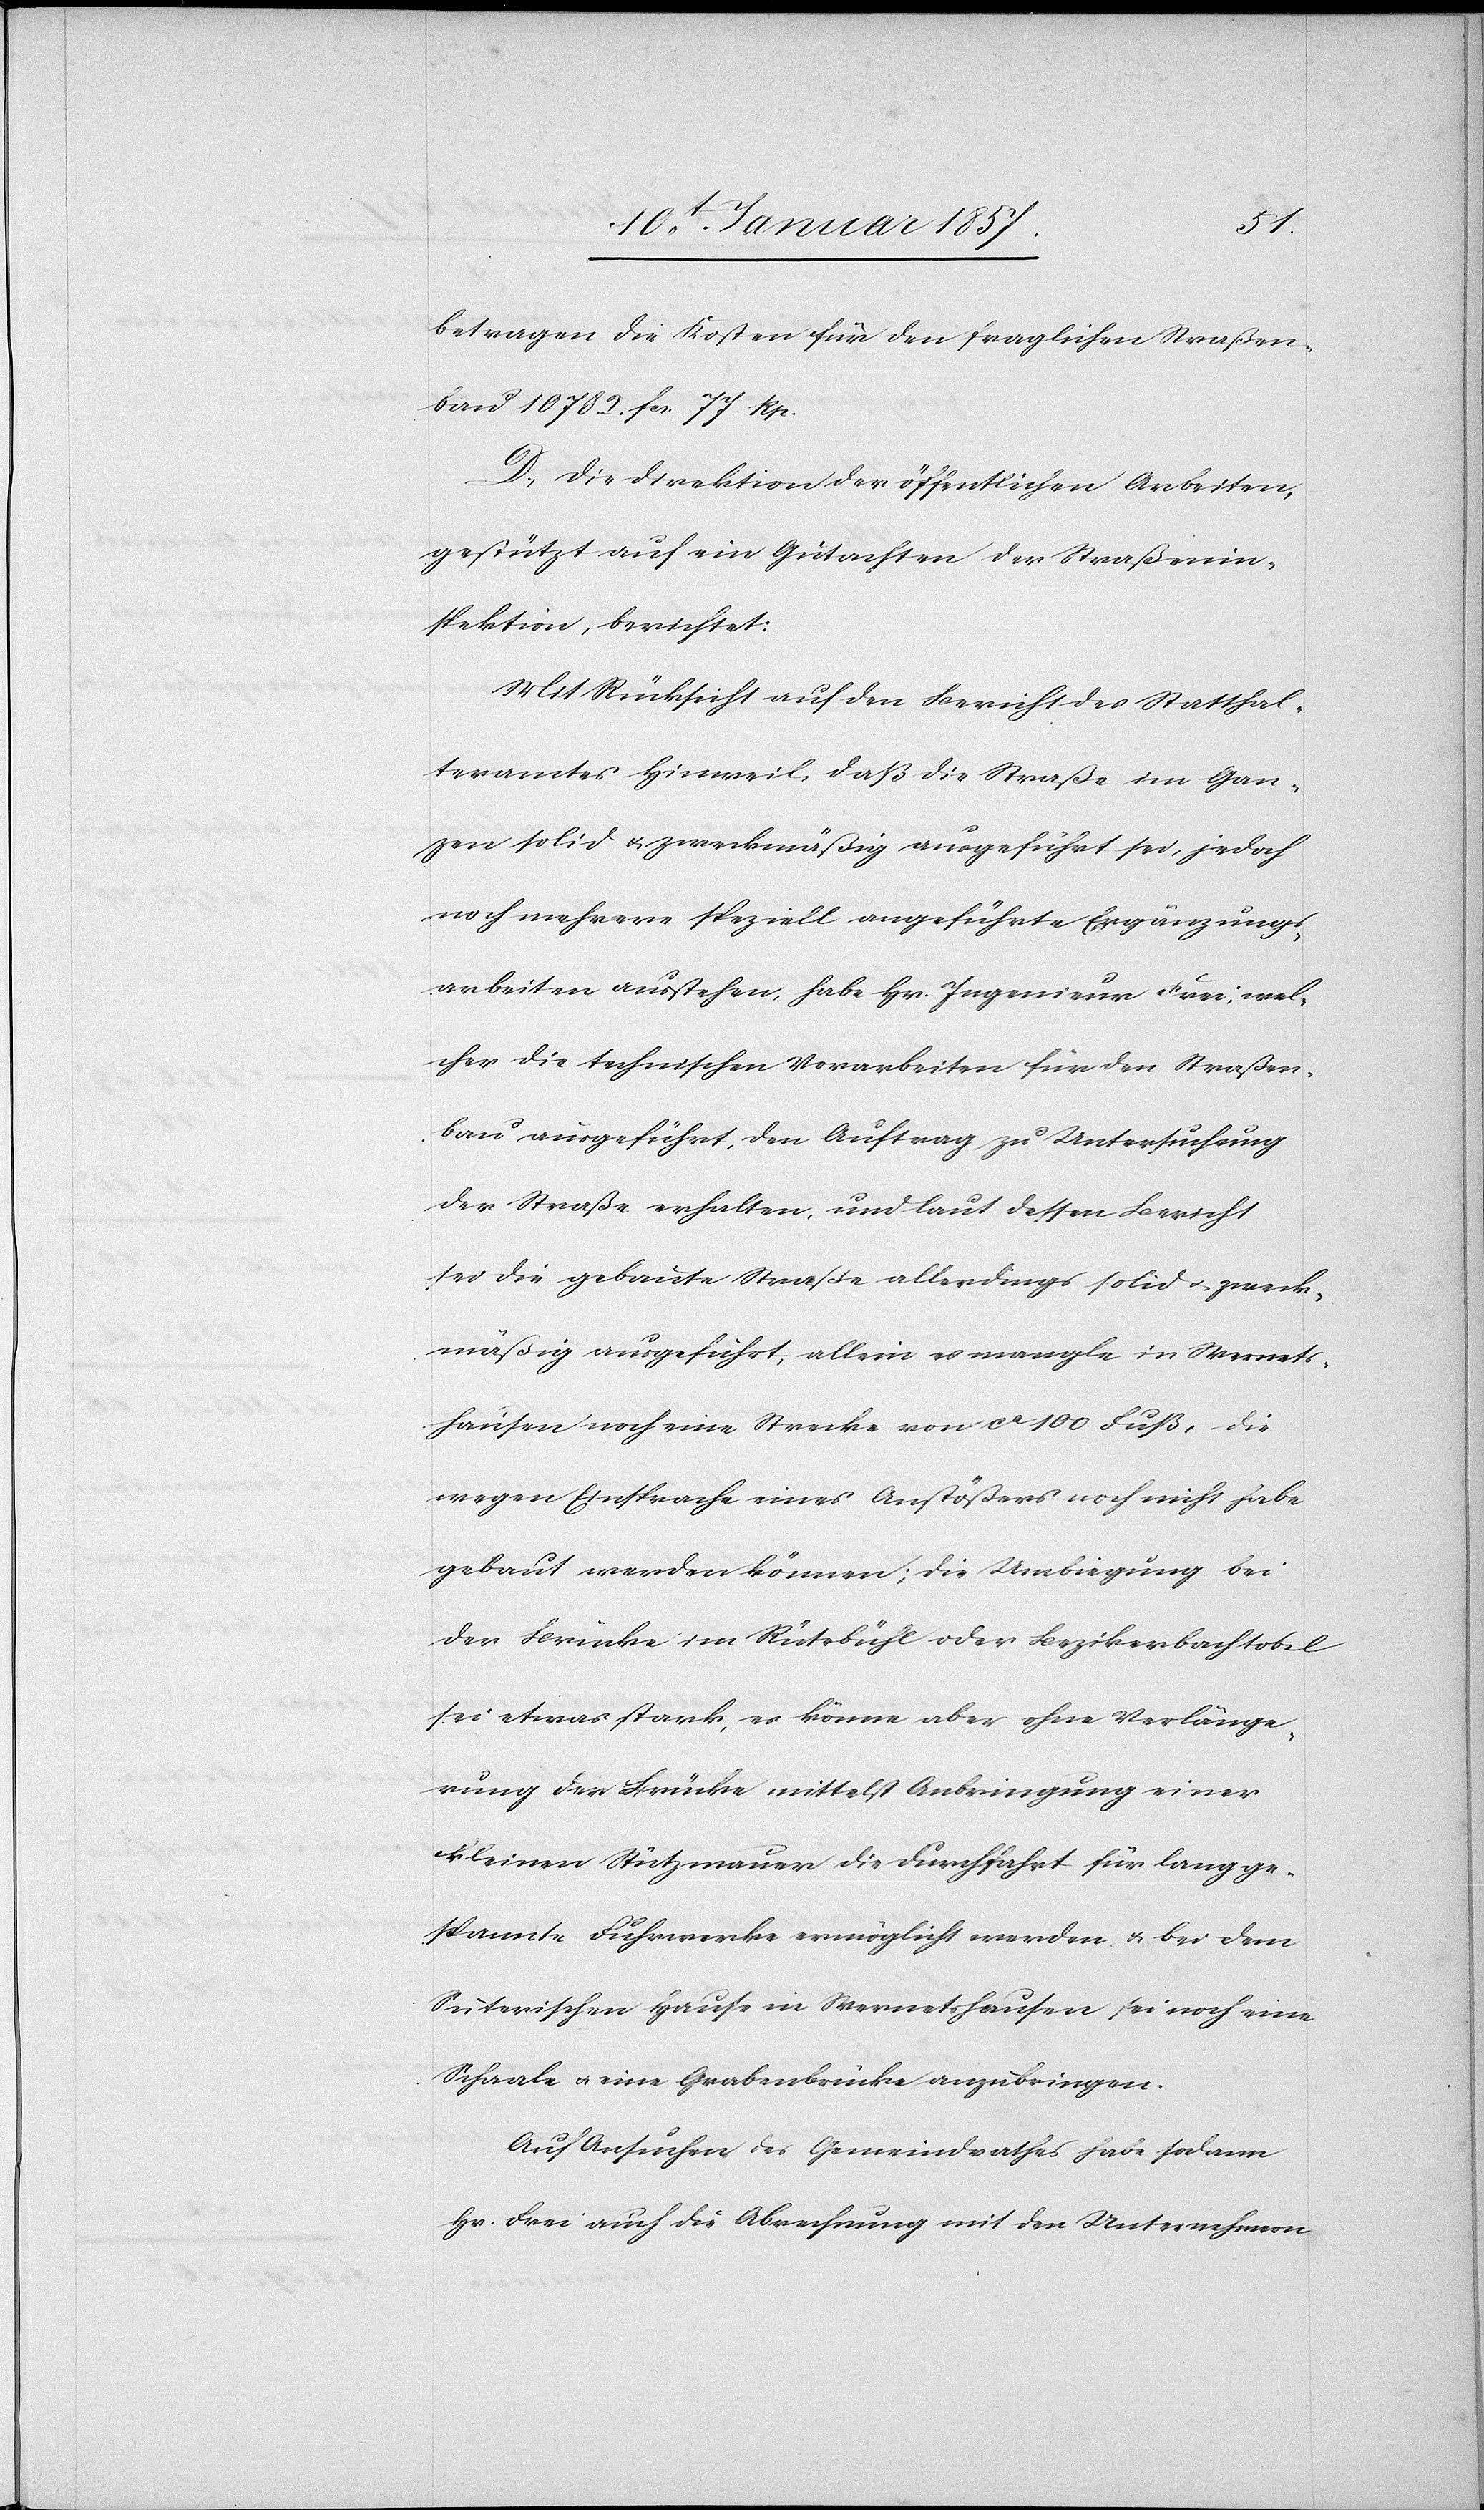
betragen die Kosten für den fraglichen Straßen¬
bau 10 702. fcs. 77 Rp.
D. Die Direktion der öffentlichen Arbeiten,
gestützt auf ein Gutachten der Straßenin¬
spektion, berichtet:
Mit Rücksicht auf den Bericht des Statthal¬
teramtes Hinweil, daß die Straße im Gan¬
zen solid & zweckmäßig ausgeführt sei, jedoch
noch mehrere speziell ausgeführte Ergänzungs¬
arbeiten ausstehen, habe Hr. Ingenieur Frei; wel¬
cher die technischen Vorarbeiten für den Straßen¬
bau ausgeführt, den Auftrag zu Untersuchung
der Straße erhalten, und laut dessen Bericht
sei die gebaute Straße allerdings solid u. zweck¬
mäßig ausgeführt, allein es mangle in Wernets¬
hausen noch eine Strecke von ca 100 Fuß, die
wegen Einsprache eines Anstößers noch nicht habe
gebaut werden können; die Umbiegung bei
der Brücke im Rütebühl oder Bezirkerbachtobel
sei etwas stark, es könne aber ohne Verlänge¬
rung der Brücke mittelst Anbringung einer
kleinen Stützmauer die Durchfahrt für lang ge¬
spannte Fuhrwerke ermöglicht werden & bei dem
Suterischen Hause in Wernetshausen sei noch eine
Schaale & eine Grabenbrücke anzubringen.
Auf Ansuchen des Gemeindrathes habe sodann
Hr. Frei auf die Abrechnung mit den Unternehmen